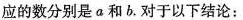
应的数分别是a和b。对于以下结论：